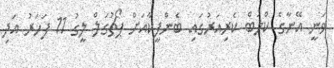
ވަނީ އޭނާގެ ކްލަބް ކެރިއަރުގައި ބެންފީކާއަށް ޕޯޗުގަލް ލީގު 11 ފަހަރު އަދި